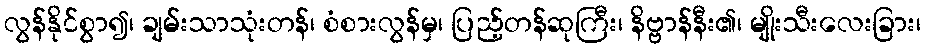
လွန်နိုင်စွာ၍၊ ချမ်းသာသုံးတန်၊ စံစားလွန်မှ၊ ပြည့်တန်ဆုကြီး၊ နိဗ္ဗာန်နီး၏၊ မျိုးသီးလေးခြား၊